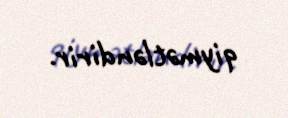
qiymətləndirir.